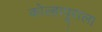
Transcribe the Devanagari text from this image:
कोल्हापूराला